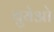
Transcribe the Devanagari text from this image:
बुयेओ